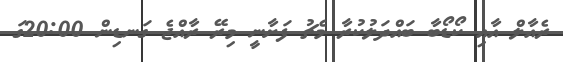
ރެއާލް އާއި ކޯޑޯބާ ބައްދަލުކުރާ މެޗު ފަށާނީ މިރޭ ރާއްޖެ ގަނޑިން 20:00ގަ